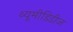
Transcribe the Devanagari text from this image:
थ्यूमीडिडीज